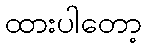
ထားပါတော့